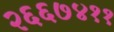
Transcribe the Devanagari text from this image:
२६६७४११